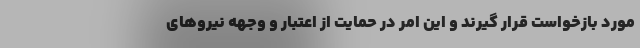
مورد بازخواست قرار گیرند و این امر در حمایت از اعتبار و وجهه نیروهای